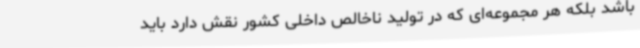
باشد بلکه هر مجموعه‌ای که در تولید ناخالص داخلی کشور نقش دارد باید